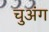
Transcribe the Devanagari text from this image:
चुअंग